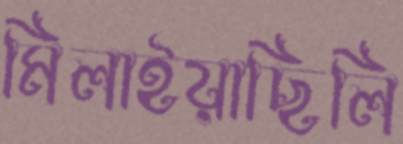
মিলাইয়াছিলি